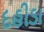
દહીડા